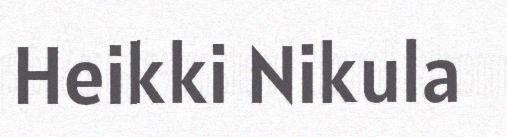
Heikki Nikula